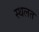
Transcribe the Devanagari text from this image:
स्थलत